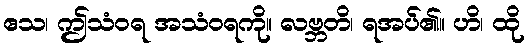
ဧသ၊ ဤသံဝရ အသံဝရကို။ လဗ္ဘတိ၊ ရအပ်၏။ ဟိ၊ ထို